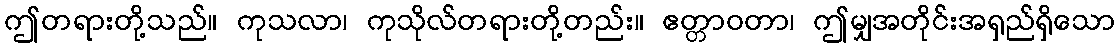
ဤတရားတို့သည်။ ကုသလာ၊ ကုသိုလ်တရားတို့တည်း။ ဧတ္တာဝတာ၊ ဤမျှအတိုင်းအရှည်ရှိသော